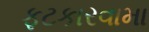
ફટકારવામા